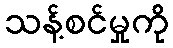
သန့်စင်မှုကို